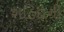
શહિદોની